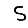
Digit: 5